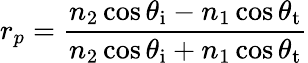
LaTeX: r_{p}={\frac{n_{2}\cos\theta_{\mathrm{i}}-n_{1}\cos\theta_{\mathrm{t}}}{n_{2}\cos\theta_{\mathrm{i}}+n_{1}\cos\theta_{\mathrm{t}}}}